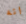
انه